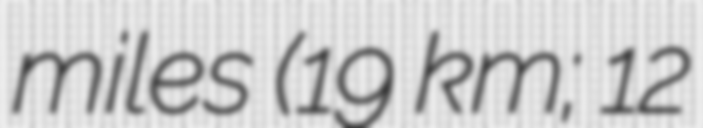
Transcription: miles (19 km; 12